Code of medical and sanitary regulations for the guidance of medical officers serving in the Madras Presidency - Volume II
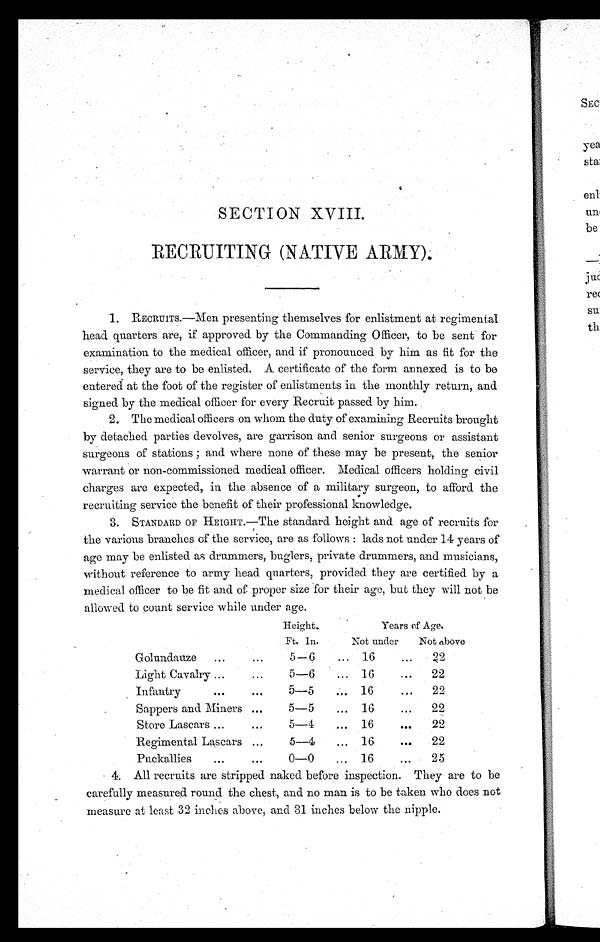
SECTION XVIII.
RECRUITING (NATIVE ARMY).
1. RECRUITS.—Men presenting themselves for enlistment at regimental
head quarters are, if approved by the Commanding Officer, to be sent for
examination to the medical officer, and if pronounced by him as fit for the
service, they are to be enlisted. A certificate of the form annexed is to be
entered at the foot of the register of enlistments in the monthly return, and
signed by the medical officer for every Recruit passed by him.
2. The medical officers on whom the duty of examining Recruits brought
by detached parties devolves, are garrison and senior surgeons or assistant
surgeons of stations ; and where none of these may be present, the senior
warrant or non-commissioned medical officer. Medical officers holding civil
charges are expected, in the absence of a military surgeon, to afford the
recruiting service the benefit of their professional knowledge.
3. STANDARD OF HEIGHT.—The standard height and age of recruits for
the various branches of the service, are as follows : lads not under 14 years of
age may be enlisted as drummers, buglers, private drummers, and musicians,
without reference to army head quarters, provided they are certified by a
medical officer to be fit and of proper size for their age, but they will not be
allowed to count service while under age.
Height.
Years of Age.
Ft. in.
Not under
Not above
Golundauze ...
...
5-6
... 16
. . .
2 2
Light Cavalry ...
...
5-6.
... 16
...
22
Infantry
...
...
5-5
... 16
...
22
Sappers and Miners ...
5-5
... 16
. . . 22
Store Lascars ...
...
5-4
... 16
. .
22
Regimental Lascars . . .
5-4
. . . 16
. . .
22
Puckallies
...
. . .
0-0
... 16
...
25
4. All recruits are stripped naked before inspection. They are to be
carefully measured round the chest, and no man is to be taken who does not
measure at least 32 inches above, and 31 inches below the nipple.